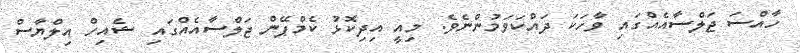
ހާއްސަ ޖަލްސާއެއްގައި ވާހަކަ ދައްކަވަމުންނެވެ. މިއީ އިދިކޮޅު ކެމްޕޭން ޖަލްސާއެއްގައި ޝެއިހް އިލްޔާސް